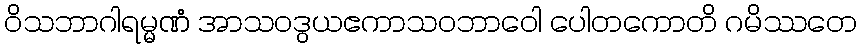
ဝိသဘာဂါရမ္မဏံ အာသဝဒွယဧကာသဝဘာဝေါ ပေါတကောတိ ဂမိဿတေ